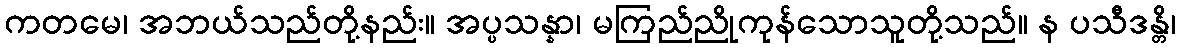
ကတမေ၊ အဘယ်သည်တို့နည်း။ အပ္ပသန္နာ၊ မကြည်ညိုကုန်သောသူတို့သည်။ န ပသီဒန္တိ၊